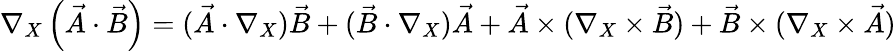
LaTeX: \nabla_{X}\left(\vec{A}\cdot\vec{B}\right)=(\vec{A}\cdot\nabla_{X})\vec{B}+(\vec{B}\cdot\nabla_{X})\vec{A}+\vec{A}\times(\nabla_{X}\times\vec{B})+\vec{B}\times(\nabla_{X}\times\vec{A})